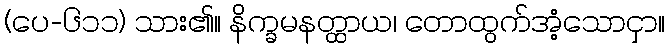
(ပေ-၆၁၁) သား၏။ နိက္ခမနတ္ထာယ၊ တောထွက်အံ့သောငှာ။